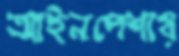
আইনপেশায়